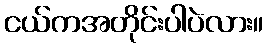
ငယ်ကအတိုင်းပါပဲလား။